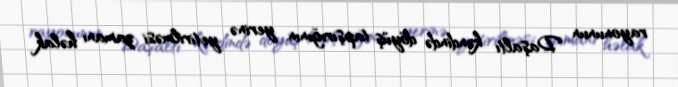
rayonunun Daşaltı kəndində döyüş tapşırığının yerinə yetirilməsi zamanı həlak